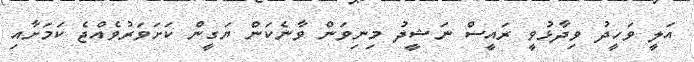
އަލީ ވަހީދު ވިދާޅުވީ ރައީސް ނަޝީދު މިނިވަން ވާނެކަން ޔަގީން ކަށަވަރުވެއްޖެ ކަމަށާއި